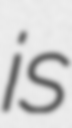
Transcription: is